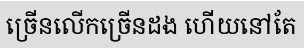
ច្រើនលើកច្រើនដង ហើយនៅតែ